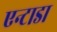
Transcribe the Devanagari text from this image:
एन्टाडा